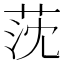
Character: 莐